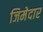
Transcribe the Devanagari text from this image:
जिमेदार